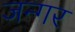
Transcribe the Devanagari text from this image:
जन्गर